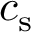
c _ { \mathrm { s } }